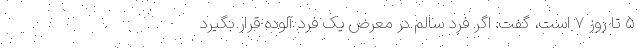
۵ تا روز ۷ است، گفت: اگر فرد سالم در معرض یک فرد آلوده قرار بگیرد